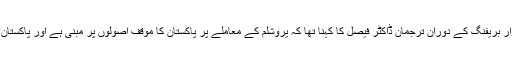
جمعرات کو دفترِ خارجہ میں ہفتہ وار بریفنگ کے دوران ترجمان ڈاکٹر فیصل کا کہنا تھا کہ یروشلم کے معاملے پر پاکستان کا موقف اصولوں پر مبنی ہے اور پاکستان اصول کی بنیاد پر ہی ووٹ دے گا۔